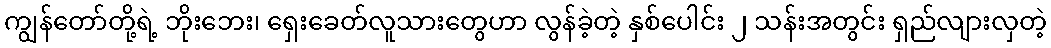
ကျွန်တော်တို့ရဲ့ ဘိုးဘေး၊ ရှေးခေတ်လူသားတွေဟာ လွန်ခဲ့တဲ့ နှစ်ပေါင်း ၂ သန်းအတွင်း ရှည်လျားလှတဲ့